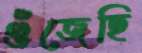
গুঁজেছি